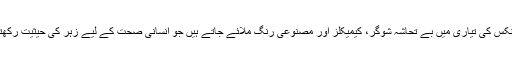
کولڈڈرنکس کی تیاری میں بے تحاشہ شوگر، کیمیکلز اور مصنوعی رنگ ملائے جاتے ہیں جو انسانی صحت کے لیے زہر کی حیثیت رکھتے ہیں۔